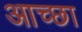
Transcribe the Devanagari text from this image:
आच्छा